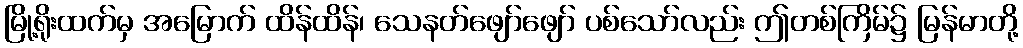
မြို့ရိုးထက်မှ အမြောက် ထိန်ထိန်၊ သေနတ်ဖျော်ဖျော် ပစ်သော်လည်း ဤတစ်ကြိမ်၌ မြန်မာတို့